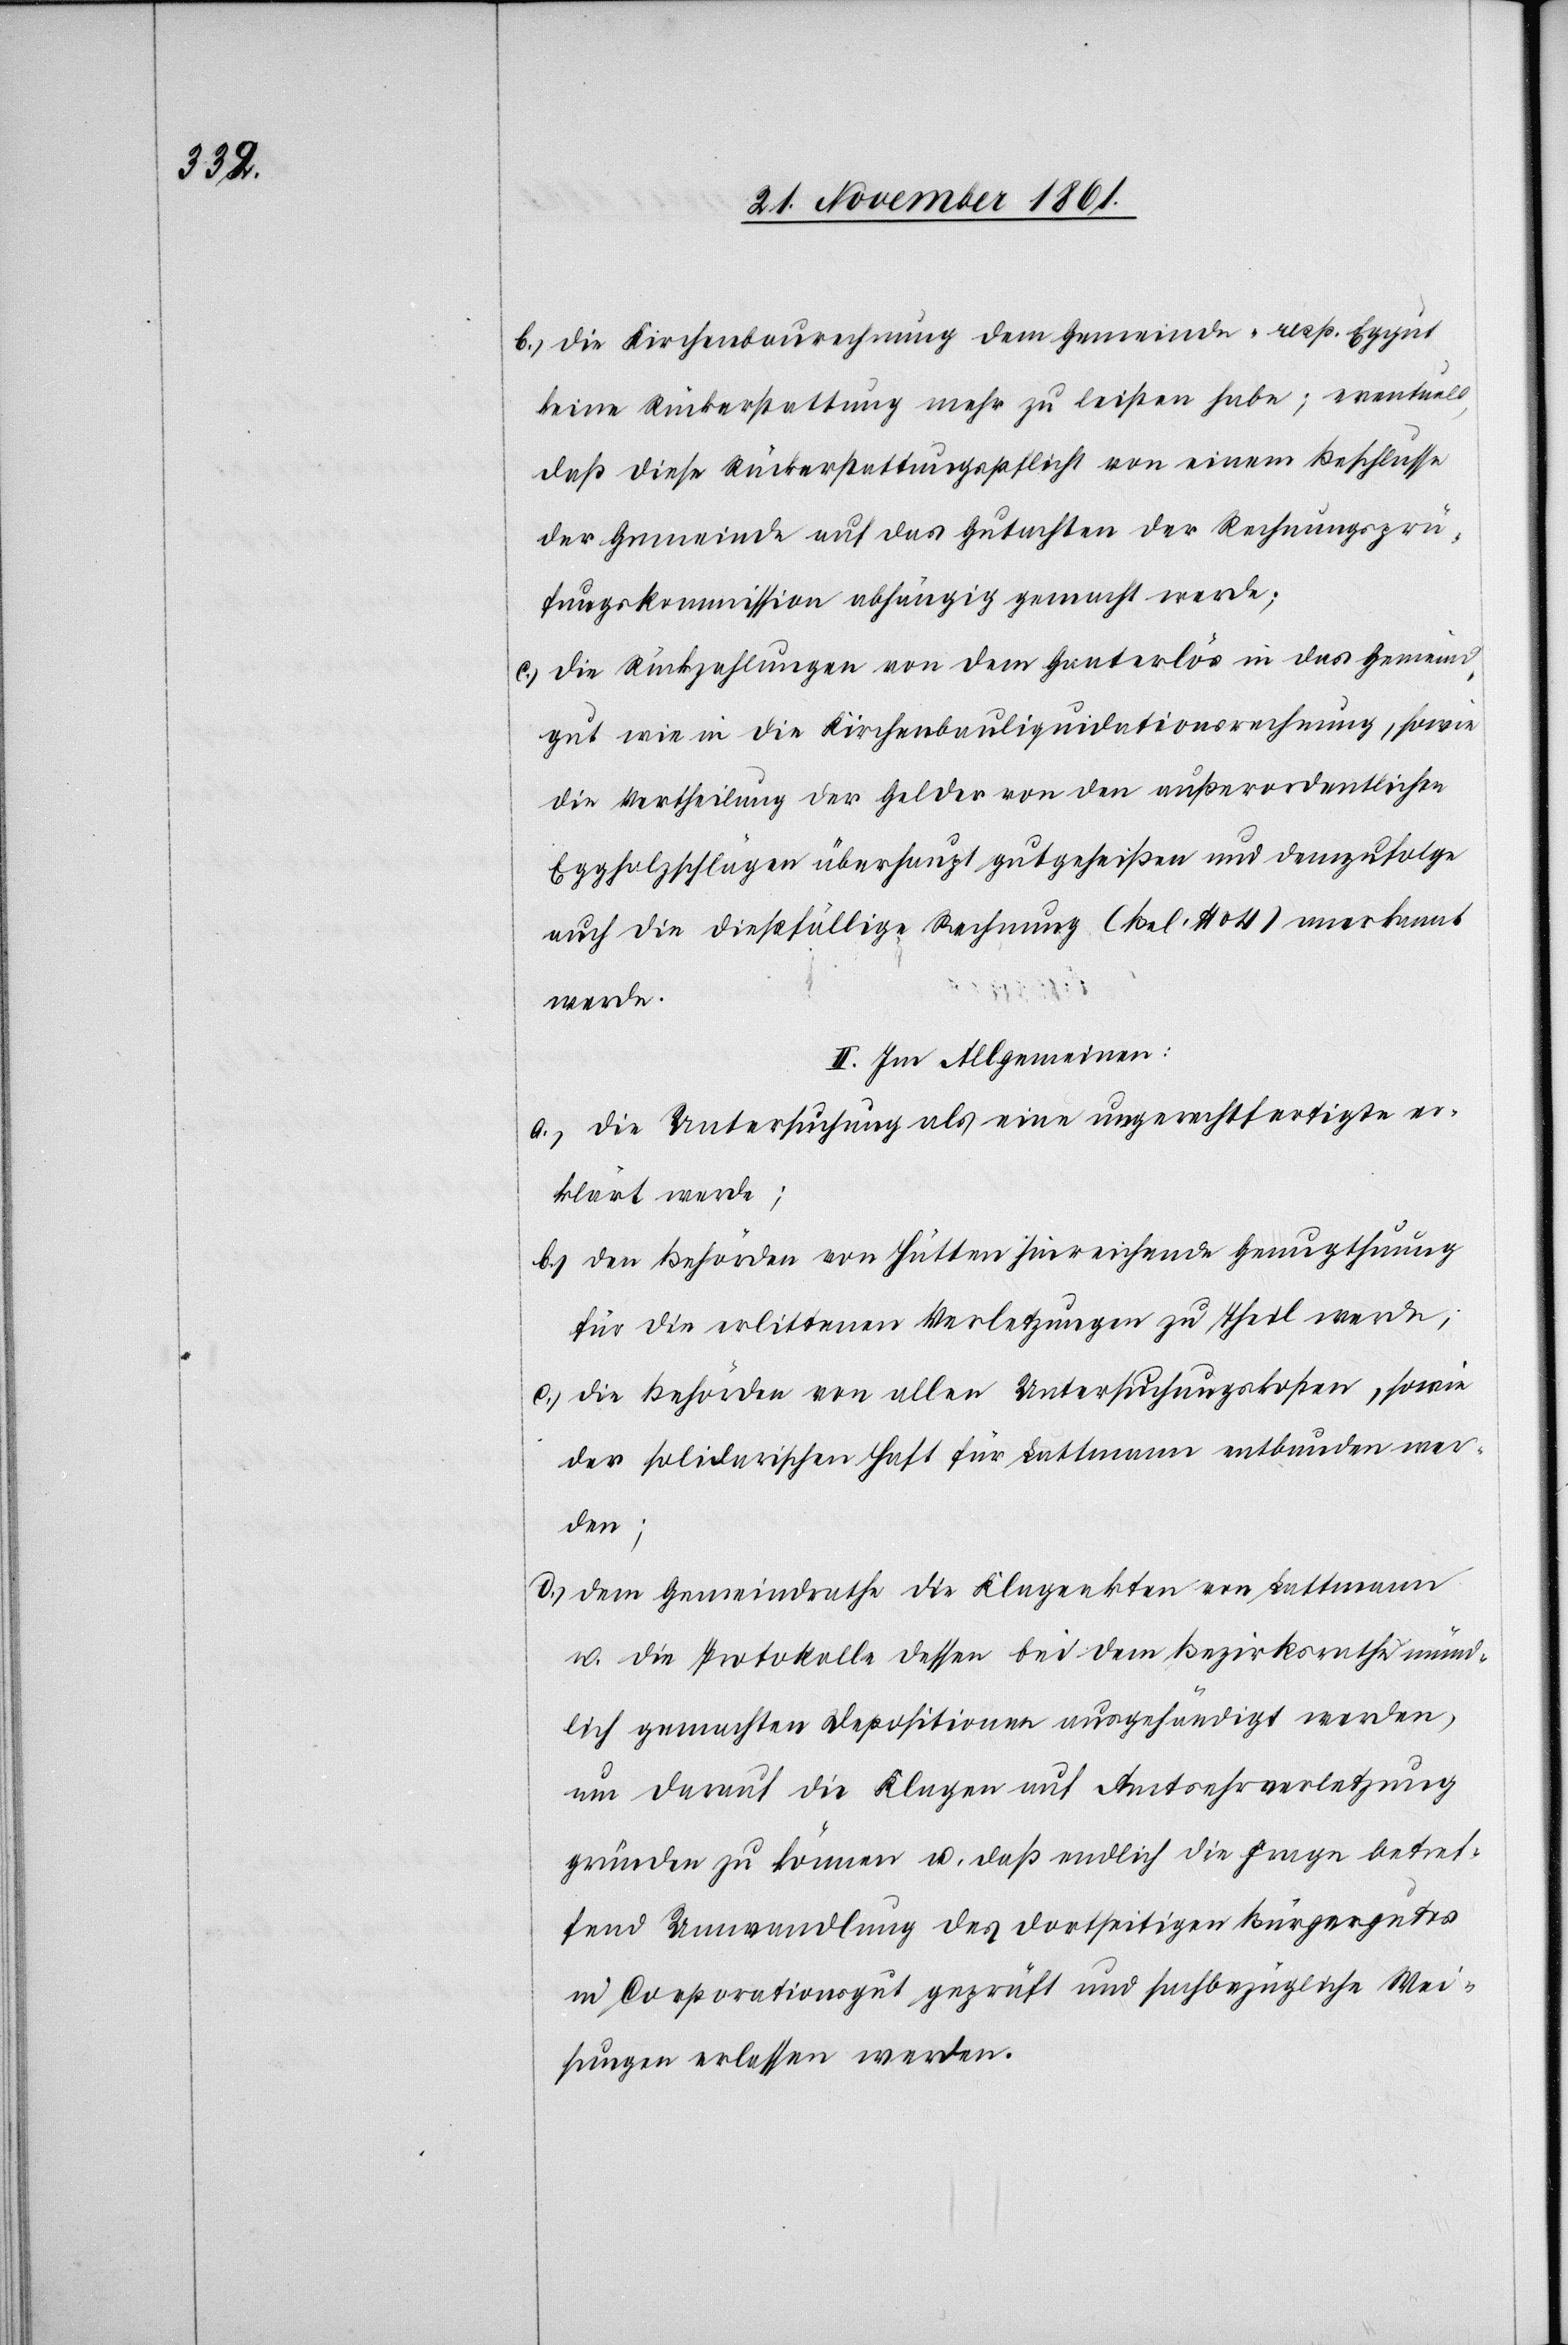
b.) die Kirchenbaurechnung dem Gemeinde- resp. Eggut
keine Rückerstattung mehr zu leisten habe; eventuell,
daß diese Rückerstattungspflicht von einem Beschlusse
der Gemeinde auf das Gutachten der Rechnungsprü¬
fungskommission abhängig gemacht werde;
c.) die Rückzahlungen von dem Ganterlös in das Gemeind¬
gut wie in die Kirchenbauliquidationsrechnung, sowie
die Vertheilung der Gelder von den außerordentlichen
Eggholzschlägen überhaupt gutgeheißen und demzufolge
auch die dießfällige Rechnung (Bel. N° 04) anerkannt
werde.
II. Im Allgemeinen:
a.) die Untersuchung als eine ungerechtfertigte er¬
klärt werde;
b.) den Behörden von Hütten hinreichende Genugthuung
für die erlittenen Verletzungen zu Theil werde,
c.) die Behörden von allen Untersuchungskosten, sowie
der solidarischen Haft für Lattmann entbunden wer¬
den;
d.) Dem Gemeindrathe die Klageakten von Lattmann
u. die Protokolle dessen bei dem Bezirksrathe münd¬
lich gemachten Depositionen ausgehändigt werden,
um darauf die Klagen auf Amtsehrverletzung
gründen zu können u. daß endlich die Frage betref¬
fend Umwandlung des dortseitigen Bürgergutes
in Corporationsgut geprüft und sachbezügliche Wei¬
sungen erlassen werden.